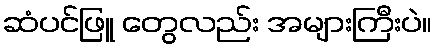
ဆံပင်ဖြူ တွေလည်း အများကြီးပဲ။